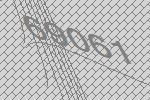
69061